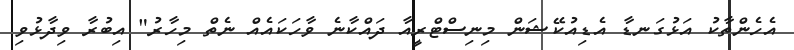
އެހެންތާކު އަޅުގަނޑާ އެޑިއުކޭޝަން މިނިސްޓްރީއާ ދައްކާނެ ވާހަކައެއް ނެތް މިހާރު" އިބުރާ ވިދާޅުވި